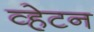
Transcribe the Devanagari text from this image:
व्हेटन